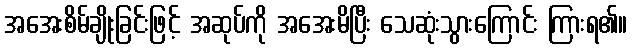
အအေးစိမ်ချိုးခြင်းဖြင့် အဆုပ်ကို အအေးမိပြီး သေဆုံးသွားကြောင်း ကြားရ၏။